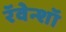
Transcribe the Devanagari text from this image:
रॅवेन्शॉ